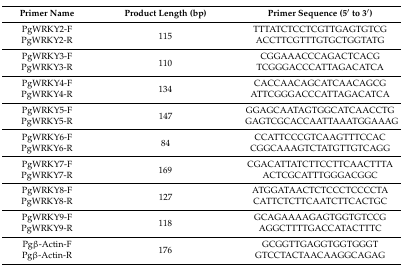
| Primer Name | Product Length (bp) | Primer Sequence (5′ to 3′) |
 | --- | --- | --- |
 | PgWRKY2-F | <ROWSPAN=2> 115 | TTTATCTCCTCGTTGAGTGTCG |
 | PgWRKY2-R | ACCTTCGTTTGTGCTGGTATG |
 | PgWRKY3-F | <ROWSPAN=2> 110 | CGGAAACCCAGACTCACG |
 | PgWRKY3-R | TCGGGACCCATTAGACATCA |
 | PgWRKY4-F | <ROWSPAN=2> 134 | CACCAACAGCATCAACAGCG |
 | PgWRKY4-R | ATTCGGGACCCATTAGACATCA |
 | PgWRKY5-F | <ROWSPAN=2> 147 | GGAGCAATAGTGGCATCAACCTG |
 | PgWRKY5-R | GAGTCGCACCAATTAAATGGAAAG |
 | PgWRKY6-F | <ROWSPAN=2> 84 | CCATTCCCGTCAAGTTTCCAC |
 | PgWRKY6-R | CGGCAAAGTCTATGTTGTCAGG |
 | PgWRKY7-F | <ROWSPAN=2> 169 | CGACATTATCTTCCTTCAACTTTA |
 | PgWRKY7-R | ACTCGCATTTGGGACGGC |
 | PgWRKY8-F | <ROWSPAN=2> 127 | ATGGATAACTCTCCCTCCCCTA |
 | PgWRKY8-R | CATTCTCTTCAATCTTCACTGC |
 | PgWRKY9-F | <ROWSPAN=2> 118 | GCAGAAAAGAGTGGTGTCCG |
 | PgWRKY9-R | AGGCTTTTGACCATACTTTC |
 | Pgβ-Actin-F | <ROWSPAN=2> 176 | GCGGTTGAGGTGGTGGGT |
 | Pgβ-Actin-R | GTCCTACTAACAAGGCAGAG |